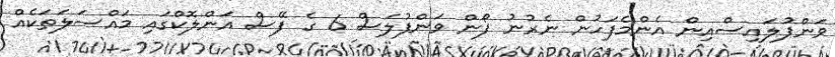
ވަންޕުލައިސްއިން އެންމެފަހުން ނެރުނު ފޯން ވަންފުލަސް 6 ގެ ފޭސް އަންލޮކްގައި މައްސަލަތަކެއް